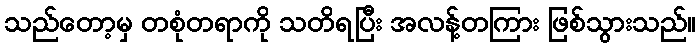
သည်တော့မှ တစုံတရာကို သတိရပြီး အလန့်တကြား ဖြစ်သွားသည်။